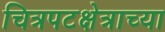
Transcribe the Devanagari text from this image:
चित्रपटक्षेत्राच्या